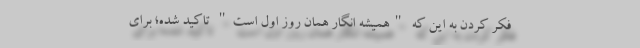
فکر کردن به این که "همیشه انگار همان روز اول است" تاکید شده؛ برای